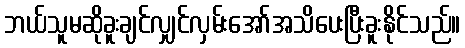
ဘယ်သူမဆိုခူးချင်လျှင်လှမ်းအော်အသိပေးပြီးခူးနိုင်သည်။